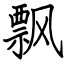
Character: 飘